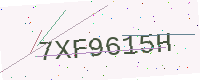
Text: 7XF9615H